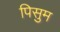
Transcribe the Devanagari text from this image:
पिसुम